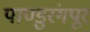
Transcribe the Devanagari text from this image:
पाण्डुरंगपूर